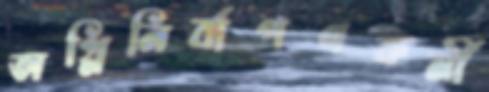
অগ্নিনির্বাপণকর্মী